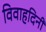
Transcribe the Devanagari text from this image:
विवाहदिनी